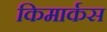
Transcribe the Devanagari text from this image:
किमार्कस